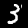
Label: 3